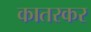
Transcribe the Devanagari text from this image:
कातरकर